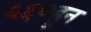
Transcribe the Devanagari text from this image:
५६०हून